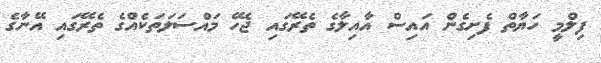
ފިލްމީ ހަޔާތް ފެށިގެން އައިސް އާއިލާގެ ތެރޭގައި ޖެހޭ މައްސަލަތަކެއްގެ ތެރޭގައި އޭނާގެ